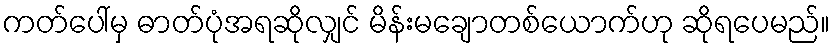
ကတ်ပေါ်မှ ဓာတ်ပုံအရဆိုလျှင် မိန်းမချောတစ်ယောက်ဟု ဆိုရပေမည်။